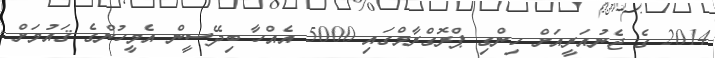
2014 ގެ ޖެނުއަރީއަށް ހިންގި ޕްރޮގްރާމްގައި 5000 އެއްހާ ބިދޭސީން އެމީހުންގެ ޤައުމަށް